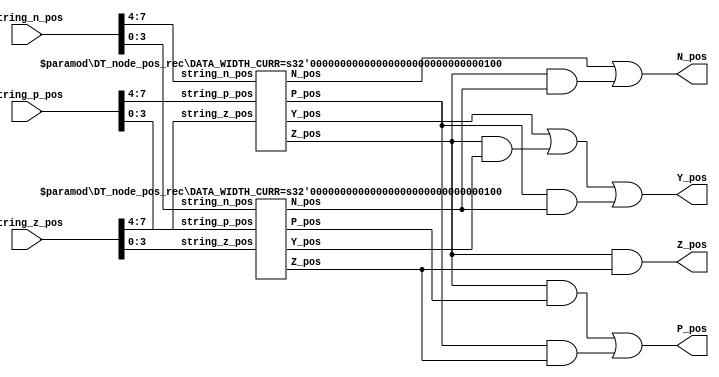
module DT_node_pos_rec #(
    parameter DATA_WIDTH_CURR   = 8
)(
    input   [DATA_WIDTH_CURR - 1 : 0]   string_n_pos,
    input   [DATA_WIDTH_CURR - 1 : 0]   string_z_pos,
    input   [DATA_WIDTH_CURR - 1 : 0]   string_p_pos,

    output                              Z_pos,
    output                              P_pos,
    output                              N_pos,
    output                              Y_pos
);

    generate if(DATA_WIDTH_CURR > 2) begin
        wire Z_pos_prev_0;
        wire P_pos_prev_0;
        wire N_pos_prev_0;
        wire Y_pos_prev_0;

        wire Z_pos_prev_1;
        wire P_pos_prev_1;
        wire N_pos_prev_1;
        wire Y_pos_prev_1;

        localparam DATA_WIDTH_PREV  = DATA_WIDTH_CURR / 2;

        wire    [DATA_WIDTH_PREV - 1 : 0]   string_n_pos_prev_0 =
            string_n_pos [DATA_WIDTH_PREV * 2 - 1 : DATA_WIDTH_PREV];
        wire    [DATA_WIDTH_PREV - 1 : 0]   string_z_pos_prev_0 =
            string_z_pos [DATA_WIDTH_PREV * 2 - 1 : DATA_WIDTH_PREV];
        wire    [DATA_WIDTH_PREV - 1 : 0]   string_p_pos_prev_0 =
            string_p_pos [DATA_WIDTH_PREV * 2 - 1 : DATA_WIDTH_PREV];

        wire    [DATA_WIDTH_PREV - 1 : 0]   string_n_pos_prev_1 =
            string_n_pos [DATA_WIDTH_PREV - 1 : 0];
        wire    [DATA_WIDTH_PREV - 1 : 0]   string_z_pos_prev_1=
            string_z_pos [DATA_WIDTH_PREV - 1 : 0];
        wire    [DATA_WIDTH_PREV - 1 : 0]   string_p_pos_prev_1=
            string_p_pos [DATA_WIDTH_PREV - 1 : 0];

        DT_node_pos_rec #(
            .DATA_WIDTH_CURR    (DATA_WIDTH_PREV)
        ) DTN_pos_rec_prev_0 (
            .string_n_pos       (string_n_pos_prev_0),
            .string_z_pos       (string_z_pos_prev_0),
            .string_p_pos       (string_p_pos_prev_0),
            .Z_pos              (Z_pos_prev_0),
            .P_pos              (P_pos_prev_0),
            .N_pos              (N_pos_prev_0),
            .Y_pos              (Y_pos_prev_0)
        );

        DT_node_pos_rec #(
            .DATA_WIDTH_CURR    (DATA_WIDTH_PREV)
        ) DTN_pos_rec_prev_1 (
            .string_n_pos       (string_n_pos_prev_1),
            .string_z_pos       (string_z_pos_prev_1),
            .string_p_pos       (string_p_pos_prev_1),
            .Z_pos              (Z_pos_prev_1),
            .P_pos              (P_pos_prev_1),
            .N_pos              (N_pos_prev_1),
            .Y_pos              (Y_pos_prev_1)
        );

        assign Z_pos = Z_pos_prev_0 & Z_pos_prev_1;
        assign P_pos = Z_pos_prev_0 & P_pos_prev_1   |
                       P_pos_prev_0 & Z_pos_prev_1;
        assign N_pos = N_pos_prev_0 |
                       Z_pos_prev_0 & N_pos_prev_1;
        assign Y_pos = Y_pos_prev_0 |
                       Z_pos_prev_0 & Y_pos_prev_1  |
                       P_pos_prev_0 & N_pos_prev_1;
    end
    else if(DATA_WIDTH_CURR == 2) begin
        assign Z_pos = string_z_pos[1] & string_z_pos[0];
        assign P_pos = string_z_pos[1] & string_p_pos[0]  |
                       string_z_pos[0] & string_p_pos[1] ;
        assign N_pos = string_n_pos[1] |
                       string_z_pos[1] & string_n_pos[0];
        assign Y_pos = string_p_pos[1] & string_n_pos[0];
    end
    endgenerate

endmodule